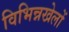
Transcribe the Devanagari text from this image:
विभिन्नखेलों